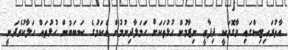
އާތުރައިޓިސްގައި ވާގޮތަކީ ދިފާޢީ ނިޒާމުން ހުޅުތަކަށް ހަމަލާދިނުމުން އެކަމުގެ ސަބަބުން ހުޅުތައް ހަލާކުވެދަނީ